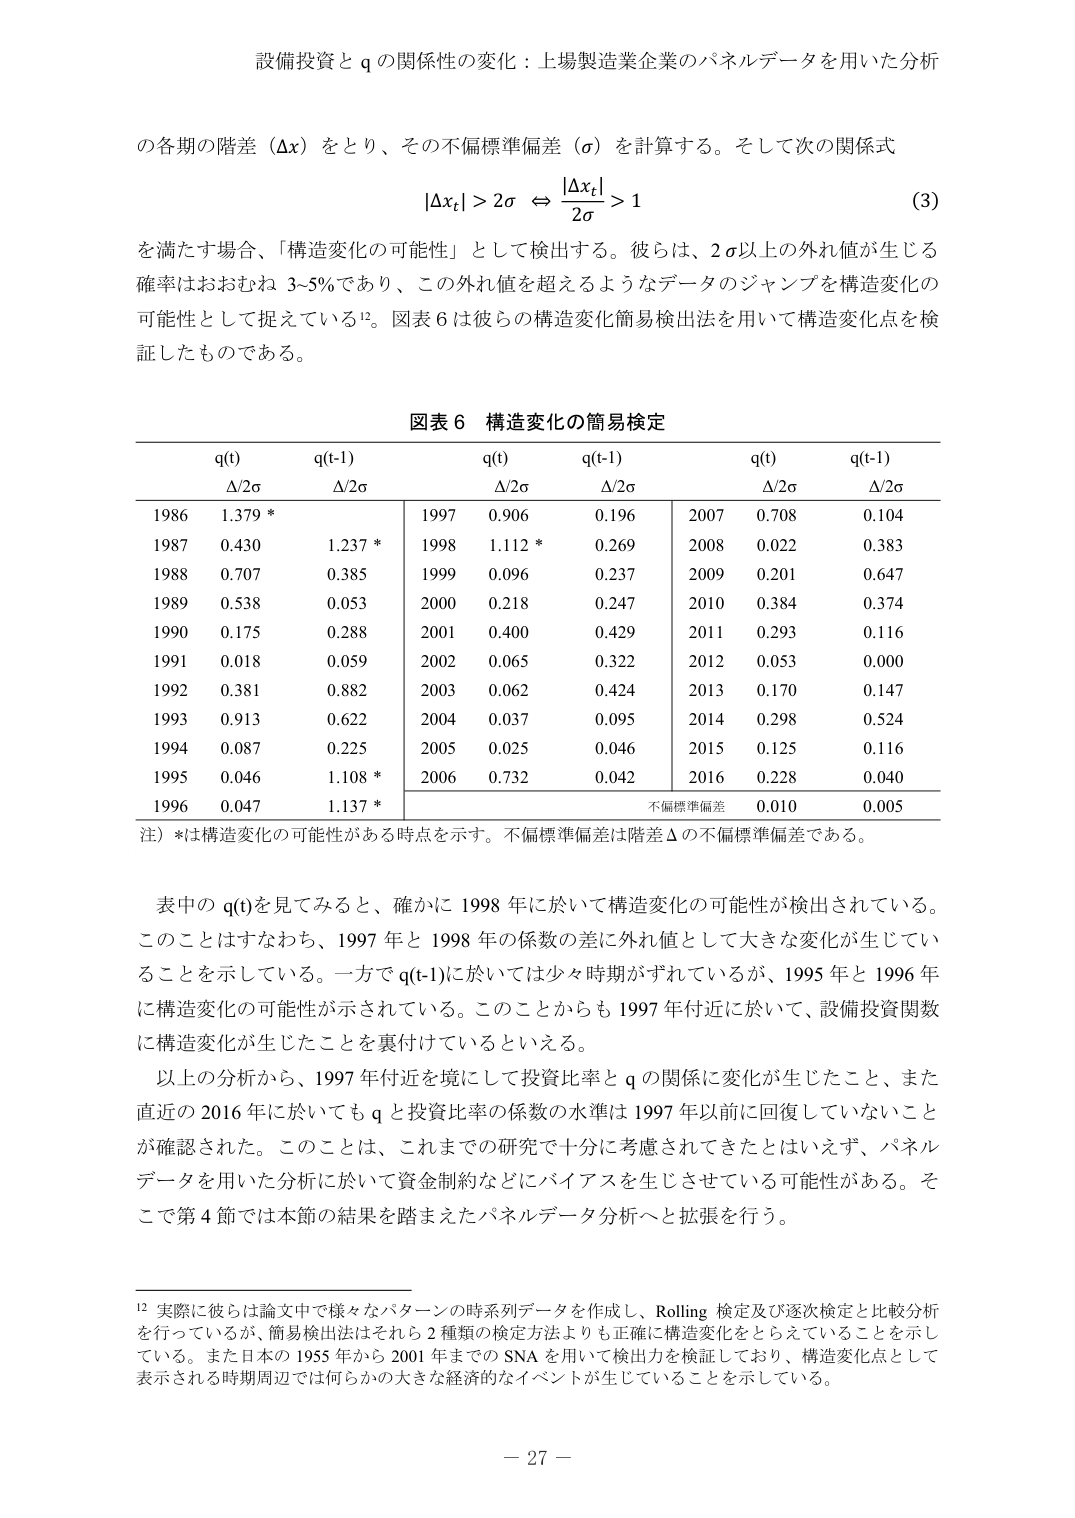
設備投資と q の関係性の変化：上場製造業企業のパネルデータを用いた分析

の各期の階差（Δx）をとり、その不偏標準偏差（σ）を計算する。そして次の関係式

|Δxₜ| > 2σ ⇔ |Δxₜ| / 2σ > 1  (3)

を満たす場合、「構造変化の可能性」として検出する。彼らは、2σ以上の外れ値が生じる確率はおおむね 3~5%であり、この外れ値を超えるようなデータのジャンプを構造変化の可能性として捉えている¹²。図表 6 は彼らの構造変化簡易検出法を用いて構造変化点を検証したものである。

図表 6 構造変化の簡易検定

q(t)        q(t-1)      q(t)        q(t-1)      q(t)        q(t-1)
Δ/2σ        Δ/2σ        Δ/2σ        Δ/2σ        Δ/2σ        Δ/2σ
1986  1.379 *       1997  0.906       0.196       2007  0.708       0.104
1987  0.430         1.237 *       1998  1.112 *       0.269       2008  0.022       0.383
1988  0.707         0.385         1999  0.096         0.237       2009  0.201       0.647
1989  0.538         0.053         2000  0.218         0.247       2010  0.384       0.374
1990  0.175         0.288         2001  0.400         0.429       2011  0.293       0.116
1991  0.018         0.059         2002  0.065         0.322       2012  0.053       0.000
1992  0.381         0.882         2003  0.062         0.424       2013  0.170       0.147
1993  0.913         0.622         2004  0.037         0.095       2014  0.298       0.524
1994  0.087         0.225         2005  0.025         0.046       2015  0.125       0.116
1995  0.046         1.108 *       2006  0.732         0.042       2016  0.228       0.040
1996  0.047         1.137 *       不偏標準偏差  0.010       0.005

注）*は構造変化の可能性がある時点を示す。不偏標準偏差は階差Δの不偏標準偏差である。

表中の q(t)を見てみると、確かに 1998 年に於いて構造変化の可能性が検出されている。このことはすなわち、1997 年と 1998 年の係数の差に外れ値として大きな変化が生じていることを示している。一方で q(t-1)に於いては少々時期がずれているが、1995 年と 1996 年に構造変化の可能性が示されている。このことからも 1997 年付近に於いて、設備投資関数に構造変化が生じたことを裏付けているといえる。

以上の分析から、1997 年付近を境にして投資比率と q の関係に変化が生じたこと、また直近の 2016 年に於いても q と投資比率の係数の水準は 1997 年以前に回復していないことが確認された。このことは、これまでの研究で十分に考慮されてきたとはいいえず、パネルデータを用いた分析に於いて資金制約などにバイアスを生じさせている可能性がある。そこで第 4 節では本節の結果を踏まえたパネルデータ分析へと拡張を行う。

¹² 実際には彼らは論文中で様々なパターンの時系列データを作成し、Rolling 検定及び逐次検定と比較分析を行っているが、簡易検出法はそれら 2 種類の検定方法よりも正確に構造変化をとらえていることを示している。また日本の 1955 年から 2001 年までの SNA を用いて検出力を検証しており、構造変化点として表示される時期周辺では何らかの大きな経済的なイベントが生じていることを示している。

－ 27 －